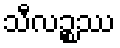
သီလဉ္စဿ